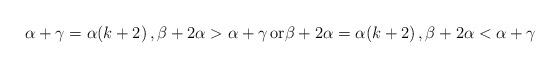
LaTeX: \begin{align*} \alpha+\gamma= \alpha(k+2)\, , \beta+2\alpha > \alpha+\gamma\, \mathrm{or} \beta+2\alpha= \alpha(k+2)\, , \beta+2\alpha < \alpha+\gamma\,\end{align*}